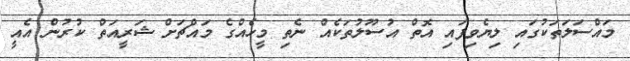
މައްސަލަތަކުގައި ލިޔެވިފައި އޮތް އުސޫލުތަކެއް ނެތި މީހެއްގެ މައްޗަށް ޝަރީއަތް ކުރުން އެއީ